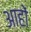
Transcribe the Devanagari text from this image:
आहों